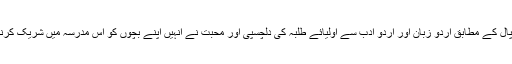
مدرسہ جمعیت الانصار کے پرنسپال کے مطابق اردو زبان اور اردو ادب سے اولیائے طلبہ کی دلچسپی اور محبت نے انہیں اپنے بچوں کو اس مدرسہ میں شریک کرنے کی تحریک و ترغیب دی ہے ۔